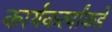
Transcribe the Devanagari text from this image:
कार्यकर्त्यांकडे